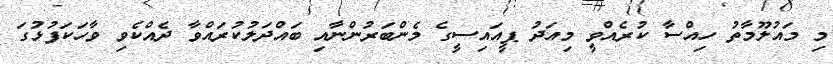
މި މައުލޫމާތު ހިއްސާ ކުރެއްވީ މިއަދު ޕީއައިސީގެ މެންބަރުންނާއި ބައްދަލުކުރައްވާ ދެއްކެވި ވާހަކަފުޅުގަ